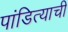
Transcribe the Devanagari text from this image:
पांडित्याची